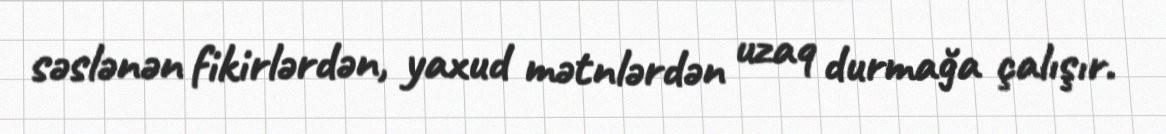
səslənən fikirlərdən, yaxud mətnlərdən uzaq durmağa çalışır.